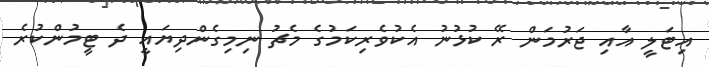
އިޓަލީ އާއި ޖަރުމަން ރޭ ކުޅުނު އެކުވެރިކަމުގެ މެޗު ނިމިގެންދިޔައީ ދެ ޓީމުންކުރެ